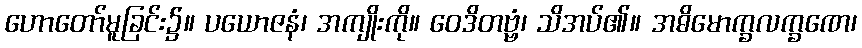
ဟောတော်မူခြင်း၌။ ပယောဇနံ၊ အကျိုးကို။ ဝေဒိတဗ္ဗံ၊ သိအပ်၏။ အဓိမောက္ခလက္ခဏေ၊